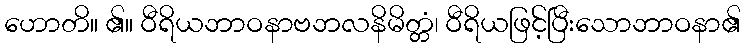
ဟောတိ။ ၏။ ဝီရိယဘာဝနာဗဘလနိမိတ္တံ၊ ဝီရိယဖြင့်ပြီးသောဘာဝနာ၏